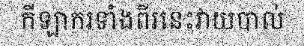
កីឡាករទាំងពីរនេះវាយបាល់